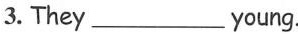
3.They ___ young.